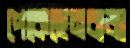
পেকেছেনবাজা